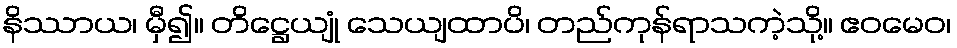
နိဿာယ၊ မှီ၍။ တိဋ္ဌေယျုံ သေယျထာပိ၊ တည်ကုန်ရာသကဲ့သို့။ ဧဝမေဝ၊